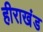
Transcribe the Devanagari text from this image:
हीराखंड